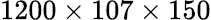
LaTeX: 1200\times 107\times 150